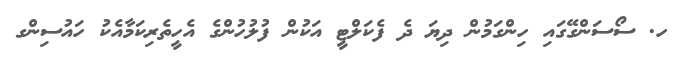
ހ. ސޯސަންގޭގައި ހިންގަމުން ދިޔަ ދެ ފެކަލްޓީ އަކުން ފުލުހުންގެ އެހީތެރިކަމާއެކު ހައުސިންގ